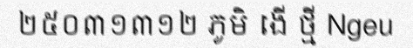
២៥០៣១៣១២ ភូមិ ងើ ថ្មី Ngeu